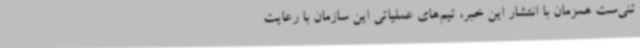
تنی‌ست همزمان با انتشار این خبر، تیم‌های عملیاتی این سازمان با رعایت